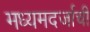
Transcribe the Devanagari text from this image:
मध्यमदर्जाची